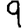
Digit: 9